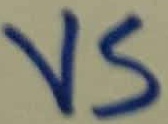
Text: VS